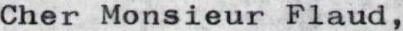
Cher Monsieur Flaud,